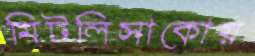
মিটলিসাকোয়